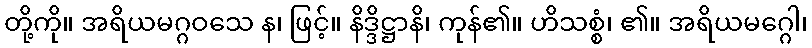
တို့ကို။ အရိယမဂ္ဂဝသေ န၊ ဖြင့်။ နိဒ္ဒိဋ္ဌာနိ၊ ကုန်၏။ ဟိသစ္စံ၊ ၏။ အရိယမဂ္ဂေါ၊